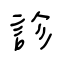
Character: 診